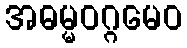
အဓမ္မဝဂ္ဂမေဝ